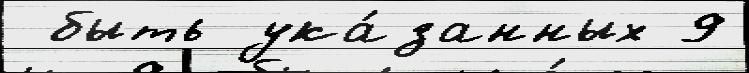
 быть ука́занных 9